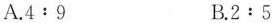
A. $$4:9$$ B.$$2:5$$